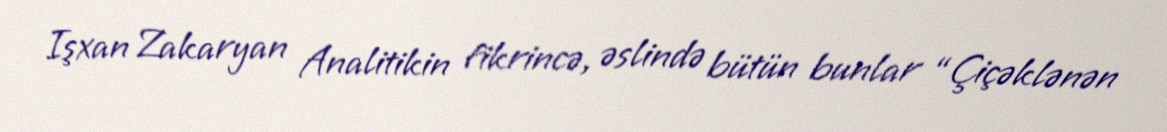
Işxan Zakaryan Analitikin fikrincə, əslində bütün bunlar “Çiçəklənən